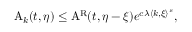
\begin{array} { r } { \mathrm { A } _ { k } ( t , \eta ) \leq \mathrm { A } ^ { \mathrm { R } } ( t , \eta - \xi ) e ^ { c \lambda \langle k , \xi \rangle ^ { s } } , } \end{array}